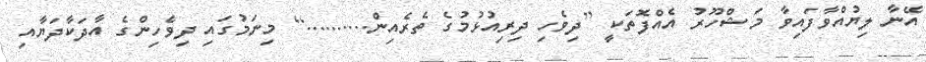
އޭނާ ލިޔުއްވާފައިވާ މަޝްހޫރު އެއްފޮތަކީ [ދިވެހި ދިރިއުޅުމުގެ ތެރެއިން..........] މިނަމުގައި ދިވެހިންގެ އާދަކާދަޔާއި